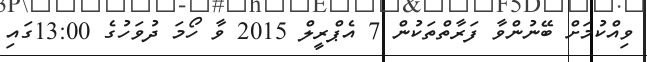
ވިއްކުމަށް ބޭނުންވާ ފަރާތްތަކުން 7 އެޕްރީލް 2015 ވާ ހޯމަ ދުވަހުގެ 13:00ގައި